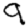
Digit: 9